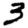
Digit: 3